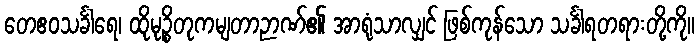
တေဧဝသင်္ခါရေ၊ ထိုမုဉ္စိတုကမျတာဉာဏ်၏ အာရုံသာလျှင် ဖြစ်ကုန်သော သင်္ခါရတရားတို့ကို။